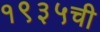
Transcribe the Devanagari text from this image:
१९३५ची